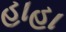
હાહા